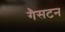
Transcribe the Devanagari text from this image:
गैसटन